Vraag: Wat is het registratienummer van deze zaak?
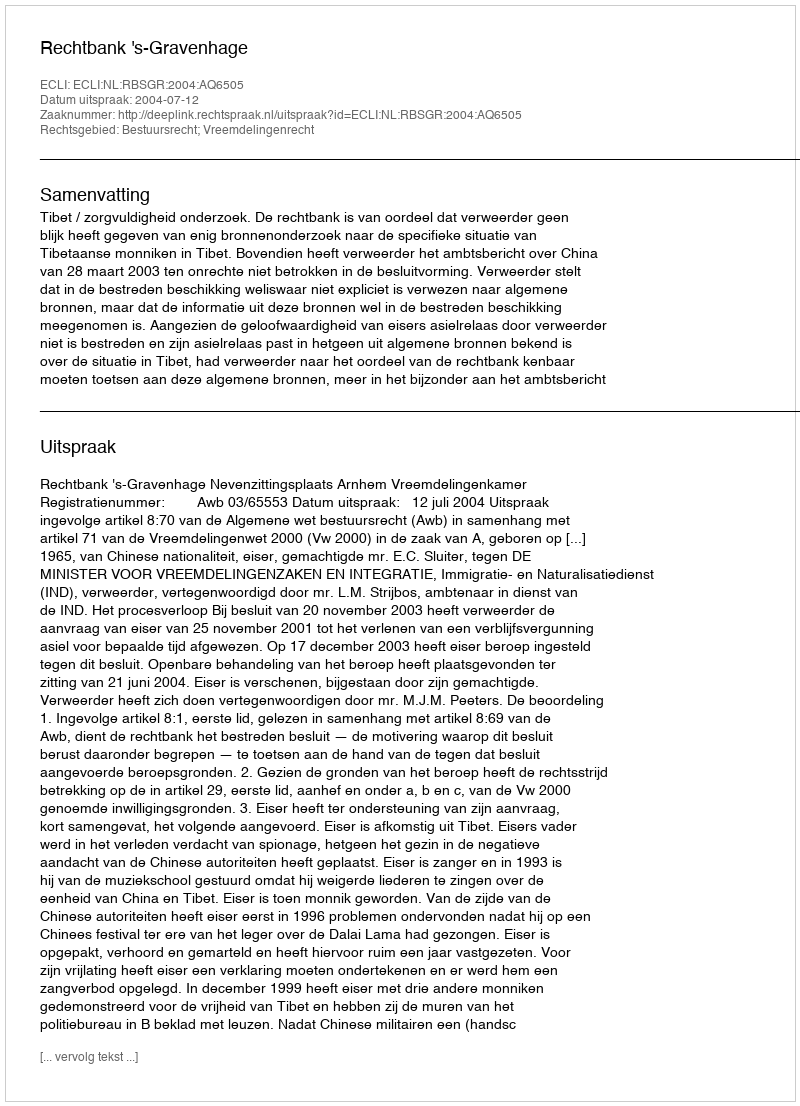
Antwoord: http://deeplink.rechtspraak.nl/uitspraak?id=ECLI:NL:RBSGR:2004:AQ6505